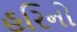
હરિનો